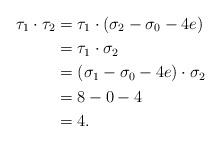
LaTeX: \begin{align*} \tau_1 \cdot \tau_2 &= \tau_1 \cdot (\sigma_2 - \sigma_0 - 4 e) \\ &= \tau_1 \cdot \sigma_2 \\ &= (\sigma_1 - \sigma_0 - 4 e) \cdot \sigma_2 \\ &= 8 - 0 - 4 \\ &= 4.\end{align*}